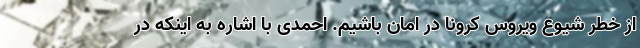
از خطر شیوع ویروس کرونا در امان باشیم. احمدی با اشاره به اینکه در